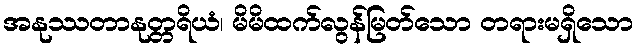
အနုဿတာနုတ္တရိယံ၊ မိမိထက်လွန်မြတ်သော တရားမရှိသော